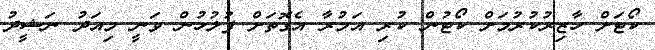
ކޯޓަށް ހާޒިރުކުރުމަށް ކޯޓުން ކުރި އަމުރާ އެގޮތަށް ފުލުހުން ވަނީ މިއަދު ނަޝީދު